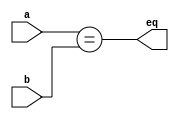
`timescale 1ns / 1ps
//////////////////////////////////////////////////////////////////////////////////
// Company: 
// Engineer: 
// 
// Design Name: 
// Module Name: Dec
// Project Name: 
// Target Devices: 
// Tool Versions: 
// Description: 
// 
// Dependencies: 
// 
// Revision:
// Revision 0.01 - File Created
// Additional Comments:
// 
//////////////////////////////////////////////////////////////////////////////////

module EqComp(a, b, eq) ;
    parameter k = 8 ;
    input [k-1:0] a, b ;
    output eq ;
    wire eq = (a == b) ;
endmodule